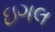
ઇગલ